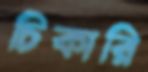
চিকারি